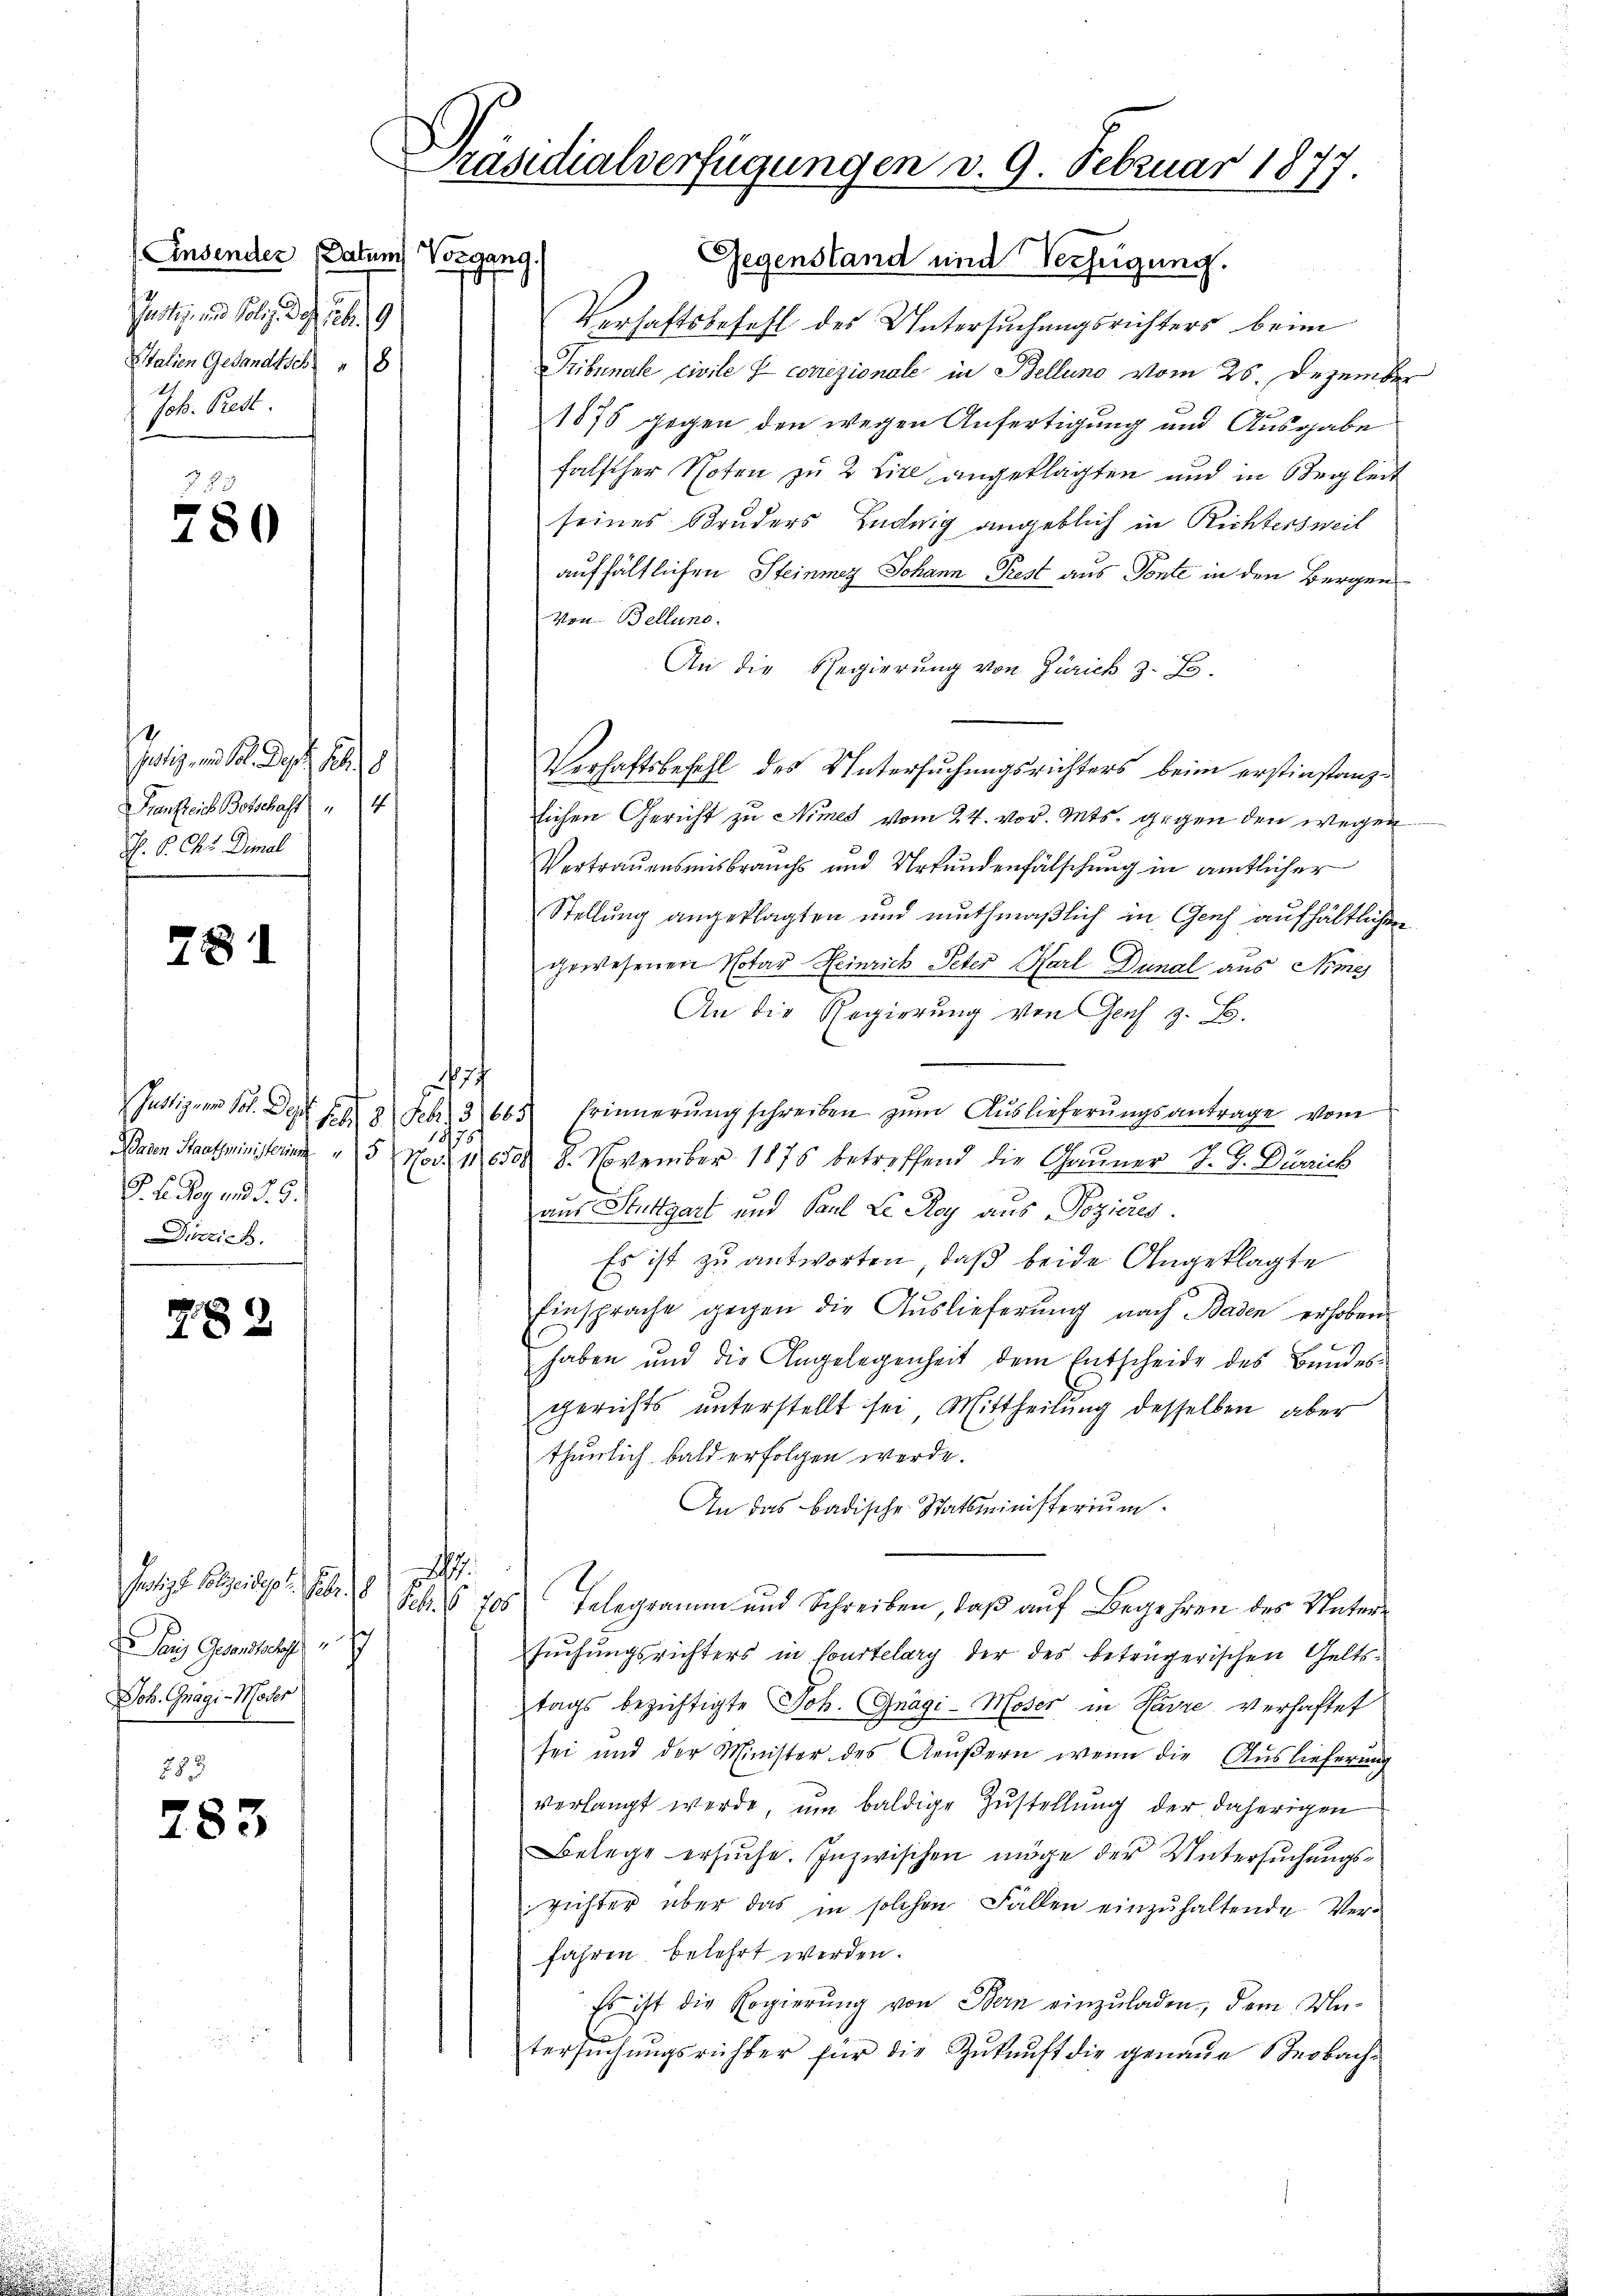
(Ensender Datum Vorgang

Stalien Gesandtsch 18
Joh. Rest.
38

Jotiz am 1. Sept. 1
renfreie Botschaft " 14
H. B. Chr. Dimal

780

781

F. L. Pog und d. 9.
Diezich

7.89

Jatige Polizeidiget. Febr. 18
Paris Gesandtsch
Joh. Gnagi-Moder
283

783

Präsidialverfügungen v. 9. Februar 1877.

Gegenstand und Verfügung.
Verhaftsbefehl des Untersuchungsrichters beim
Tribunal civile I corrizionale in Bellung vom 26. Dezember
1878 gegen den wegen Anfertigung und Ausgabe
falscher Noten zu 2 Lire angeklagten und in Begleit
seines Bruders Ludwig angeblich in Richtersweil
aufhältlichen Steinmez Johann Prest aus Ponte in den Bergen
Von Bellung.
An die Regierung von Zürich z. B.
Verhaftsbefehl des Untersuchungsrichters beim erstinstanzlichen Gericht zu Nimes vom 24. vor. Mts. gegen den wegen
Vertrauensmisbrauchs und Urkundenfälschung in amtlicher
Stellung angeklagten und muthmaßlich in Genf aufhältlichen
gewesenen Notar Heinrich Peter Karl Dunal aus Arme
An die Regierung von Genf z. B.
o
Justizgen Vol. Dept F. A 2 Febr. 3665. Erinnerŭng schreiben zŭm Aŭslieferŭngsantrage vom
u
Baren Staatsministerium 5 Nov. 112650. 8. November 1875 betreffend die Gauner J. J. Dürrich
aus Stuttgart und Paul L Rey aus Pozieres
Es ist zu antworten, daß beide Angeklagte
Einsprache gegen die Auslieferung nach Baden erhoben
haben und die Angelegenheit dem Entscheide des Bundes-
gerichts ŭnterstellt sei, Mittheilŭng desselben aber
thunlich bald erfolgen werde.
An das badische Statsministerium
.
Sebis 706 Telegramm und Schreiben, daß auf Begehren des Untersuchungsrichters in Courtelary der des beträgerischen Geltstags bezichtigte Joh. Gnägi-Moser in Havre, verhaftet
sei und der Minister des Aeŭβern wenn die Auslieferŭng
verlangt werde, um baldige Zustellung der daherigen
Belege ersuche. Inzwischen möge der Untersuchungsrichter über das in solchen Fällen einzuhaltende Verfahren belehrt werden.
Es ist die Regierung von Bern einzuladen, dem Untersŭchŭngsrichter für die Zŭkŭnft die genaue Beobach-